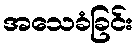
အသေခံခြင်း